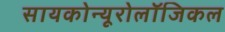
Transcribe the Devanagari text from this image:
सायकोन्यूरोलॉजिकल